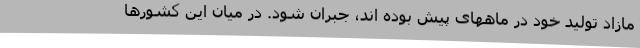
مازاد تولید خود در ماههای پیش بوده اند، جبران شود. در میان این کشورها